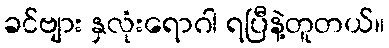
ခင်ဗျား နှလုံးရောဂါ ရပြီနဲ့တူတယ်။